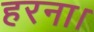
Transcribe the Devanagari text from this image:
हरना।